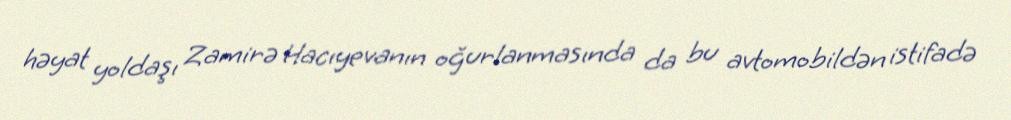
həyat yoldaşı Zamirə Hacıyevanın oğurlanmasında da bu avtomobildən istifadə